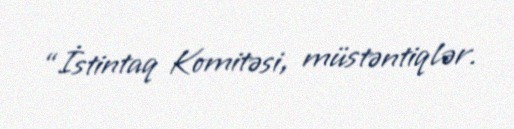
“İstintaq Komitəsi, müstəntiqlər.